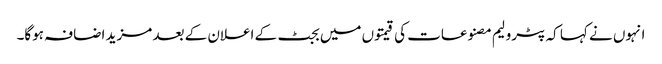
انہوں نے کہا کہ پٹرولیم مصنوعات کی قیمتوں میں بجٹ کے اعلان کے بعد مزید اضافہ ہوگا۔